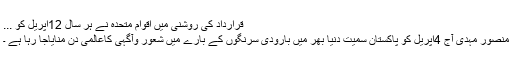
قرارداد کی روشنی میں اقوام متحدہ نے ہر سال 12اپریل کو ...
منصور مہدی آج 4اپریل کو پاکستان سمیت دنیا بھر میں بارودی سرنگوں کے بارے میں شعور وآگہی کاعالمی دن منایاجا رہا ہے ۔